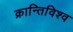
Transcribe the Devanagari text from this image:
क्रान्तिविश्व